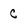
Character: C